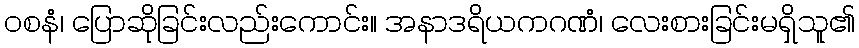
ဝစနံ၊ ပြောဆိုခြင်းလည်းကောင်း။ အနာဒရိယကဂဏံ၊ လေးစားခြင်းမရှိသူ၏